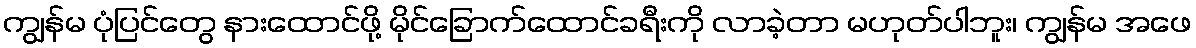
ကျွန်မ ပုံပြင်တွေ နားထောင်ဖို့ မိုင်ခြောက်ထောင်ခရီးကို လာခဲ့တာ မဟုတ်ပါဘူး၊ ကျွန်မ အဖေ